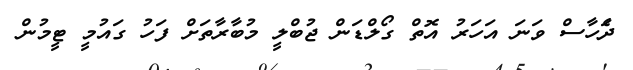
ދެަހާސް ވަނަ އަހަރު އޮތް ގޯލްޑަން ޖުބްލީ މުބާރާތަށް ފަހު ގައުމީ ޓީމުން